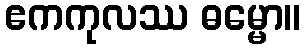
ဧကကုလဿ ဓမ္မော။